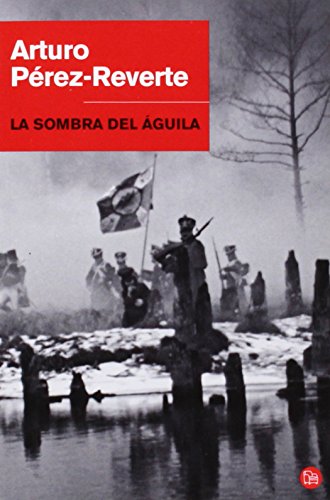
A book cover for La sombra del aguila / The Shadow of the Eagle (Spanish Edition); Arturo PÃ©rez-Reverte; Literature & Fiction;